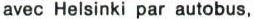
avec Helsinki par autobus,